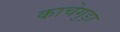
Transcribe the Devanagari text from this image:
काचेगुड़ा